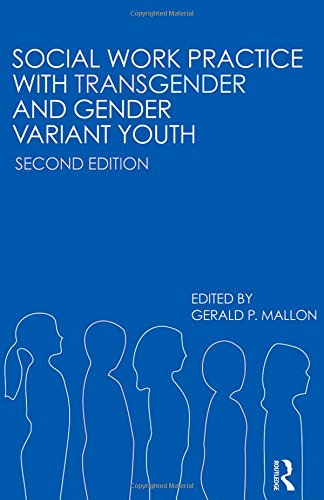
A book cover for Social Work Practice with Transgender and Gender Variant Youth; Gay & Lesbian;